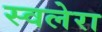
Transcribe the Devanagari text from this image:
स्वलेरा